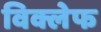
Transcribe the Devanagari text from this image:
विक्लेफ